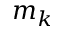
m _ { k }